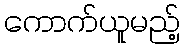
ကောက်ယူမည့်